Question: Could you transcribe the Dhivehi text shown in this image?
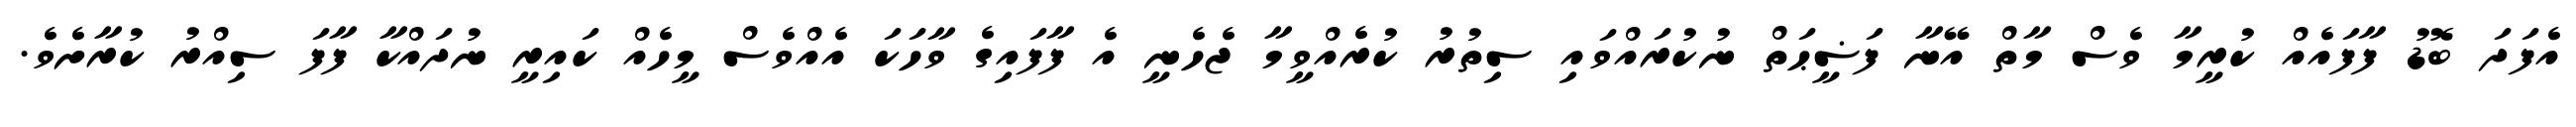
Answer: އެފަދަ ބޮޑު ފާފައެއް ކުރީމާ ވެސް މާތް އޭނާ ފަޟީޙަތް ނުކުރައްވައި ސިތުރު ކުރެއްވީމާ ޖެހެނީ އެ ފާފައިގެ ވާހަކަ އެއްވެސް މީހެއް ކައިރީ ނުދައްކާ ފާފަ ސިއްރު ކުރާށެވެ.